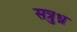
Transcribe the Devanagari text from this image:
सत्रुध्न